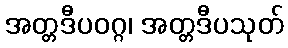
အတ္တဒီပဝဂ္ဂ၊ အတ္တဒီပသုတ်